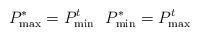
LaTeX: \begin{align*}P_{\max}^*=P^t_{\min}\ \ P_{\min}^*=P^t_{\max}\end{align*}